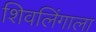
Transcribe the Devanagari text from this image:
शिवलिंगाला